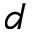
d